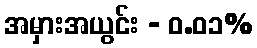
အမှားအယွင်း - ၀.၀၁%